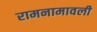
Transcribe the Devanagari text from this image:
रामनामावली